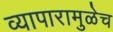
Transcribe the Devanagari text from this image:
व्यापारामुळेच